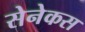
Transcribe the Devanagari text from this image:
सेनेकस